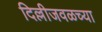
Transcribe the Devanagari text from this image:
दिल्लीजवळच्या